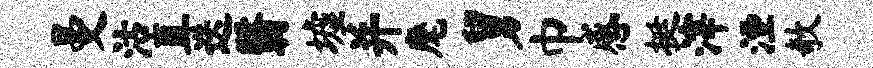
曼沽直迭翳墟并麾舅巾感挺滓湮欹